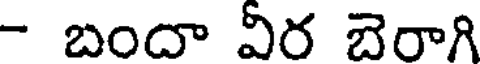
- బందా వీర బెరాగి